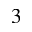
^ 3